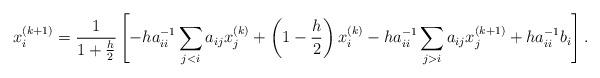
LaTeX: \begin{align*} x_i^{(k+1)} =\frac{1}{1+\frac{h}{2}}\left[ -ha_{ii}^{-1}\sum_{j<i} a_{ij}x_j^{(k)} + \left( 1-\frac{h}{2}\right) x_i^{(k)} - ha_{ii}^{-1} \sum_{j>i} a_{ij}x_j^{(k+1)} + ha_{ii}^{-1}b_i \right]. \end{align*}